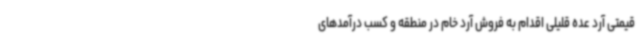
قیمتی آرد عده قلیلی اقدام به فروش آرد خام در منطقه و کسب درآمدهای